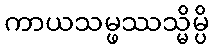
ကာယသမ္ဖဿသ္မိမ္ပိ